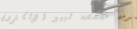
خدمة مخصصة لبيع الإلكترون